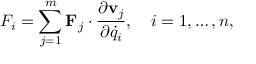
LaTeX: F _ { i } = \sum _ { j = 1 } ^ { m } \mathbf { F } _ { j } \cdot { \frac { \partial \mathbf { v } _ { j } } { \partial { \dot { q } } _ { i } } } , \quad i = 1 , \ldots , n ,